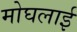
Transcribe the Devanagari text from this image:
मोघलाई